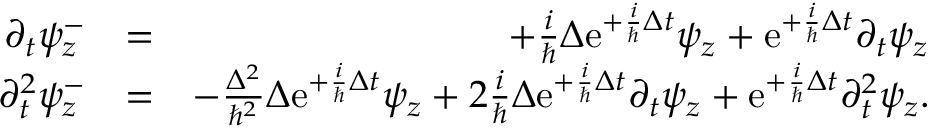
\begin{array} { r l r } { \partial _ { t } \psi _ { z } ^ { - } } & { = } & { + \frac { i } { \hbar } \Delta \mathrm { e } ^ { + \frac { i } { \hbar } \Delta t } \psi _ { z } + \mathrm { e } ^ { + \frac { i } { \hbar } \Delta t } \partial _ { t } \psi _ { z } } \\ { \partial _ { t } ^ { 2 } \psi _ { z } ^ { - } } & { = } & { - \frac { \Delta ^ { 2 } } { \hbar ^ { 2 } } \Delta \mathrm { e } ^ { + \frac { i } { \hbar } \Delta t } \psi _ { z } + 2 \frac { i } { \hbar } \Delta \mathrm { e } ^ { + \frac { i } { \hbar } \Delta t } \partial _ { t } \psi _ { z } + \mathrm { e } ^ { + \frac { i } { \hbar } \Delta t } \partial _ { t } ^ { 2 } \psi _ { z } . } \end{array}